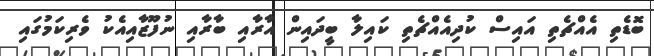
ބޮޑެތި އެއްޗެތި އައިސް ކުދިއެއްޗެތި ކައިލާ ބީދައިން އާރާއި ބާރާއި ނުފޫޒާއިއެކު ވެރިކަމުގައި